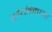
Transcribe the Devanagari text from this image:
शोर्धकत्ताओं